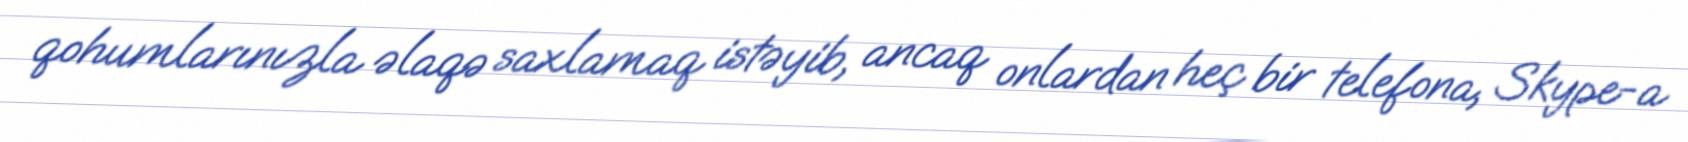
qohumlarınızla əlaqə saxlamaq istəyib, ancaq onlardan heç bir telefona, Skype-a